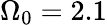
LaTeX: \Omega_{0}=2.1